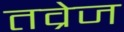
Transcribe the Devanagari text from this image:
तव्रेज